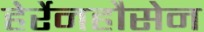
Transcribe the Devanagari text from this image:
हेर्रेनहौसेन